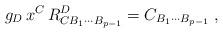
LaTeX: \begin{align*}g_D\,x^C\,R^D_{CB_1\cdots B_{p-1}}= C_{B_1\cdots B_{p-1}}\ ,\end{align*}